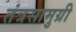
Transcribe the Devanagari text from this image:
तंत्रसामुग्री